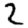
Digit: 2